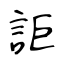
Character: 詎